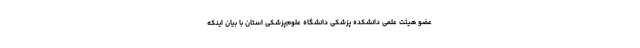
عضو هیئت علمی دانشکده پزشکی دانشگاه علوم‌پزشکی استان با بیان اینکه